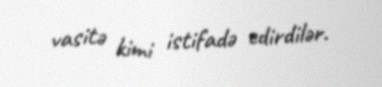
vasitə kimi istifadə edirdilər.